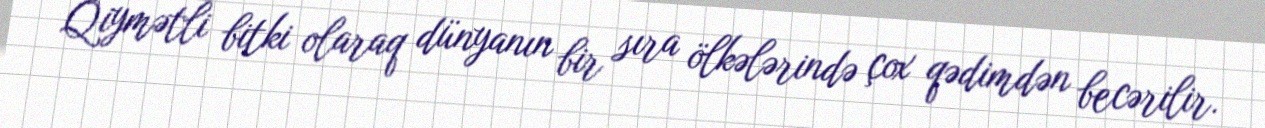
Qiymətli bitki olaraq dünyanın bir sıra ölkələrində çox qədimdən becərilir.